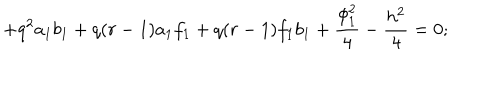
+ q ^ { 2 } a _ { 1 } b _ { 1 } + q ( r - 1 ) a _ { 1 } f _ { 1 } + q ( r - 1 ) f _ { 1 } b _ { 1 } + \frac { \phi _ { 1 } ^ { 2 } } { 4 } - \frac { h ^ { 2 } } { 4 } = 0 ;